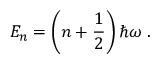
E _ { n } = \left( n + { \frac { 1 } { 2 } } \right) \hbar \omega ~ .